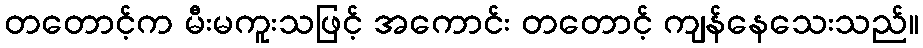
တတောင့်က မီးမကူးသဖြင့် အကောင်း တတောင့် ကျန်နေသေးသည်။